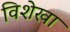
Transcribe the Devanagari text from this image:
विशेखा